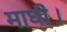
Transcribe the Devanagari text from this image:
माघी।